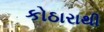
કોઠારાથી